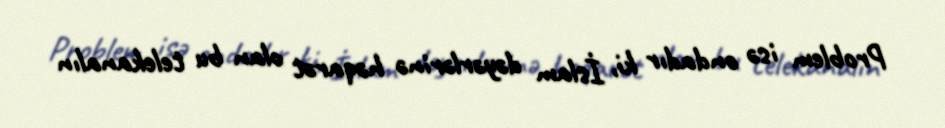
Problem isə ondadır ki, İslam dəyərlərinə həqarət olan bu telekanalın